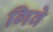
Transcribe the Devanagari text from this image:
गिवे